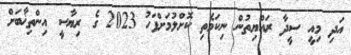
އަދި މިއީ ސީދާ ރައްޔިތުން ނިކަމެތި ކޮށްލުމަށްފަހު 2023 ގެ ރިޔާސީ އިންތިޚާބަށް